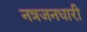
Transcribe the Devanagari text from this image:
नत्रजनधारी